Vaccination in Bombay 1869-1873 - 1869-1873
Year: 1869
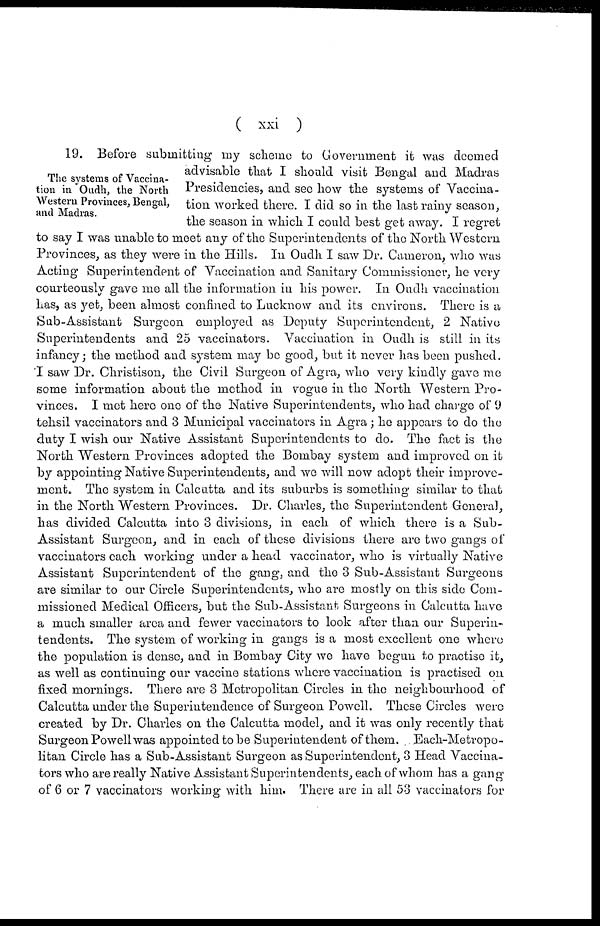
( xxi )
The systems of Vaccina-
tion in Oudh, the North
Western Provinces, Bengal,
and Madras.
19. Before submitting my scheme to Government it was deemed
advisable that I should visit Bengal and Madras
Presidencies, and see how the systems of Vaccina-
tion worked there. I did so in the last rainy season,
the season in which I could best get away. I regret
to say I was unable to meet any of the Superintendents of the North Western
Provinces, as they were in the Hills. In Oudh I saw Dr. Cameron, who was
Acting Superintendent of Vaccination and Sanitary Commissioner, he very
courteously gave me all the information in his power. In Oudh vaccination
has, as yet, been almost confined to Lucknow and its environs. There is a
Sub-Assistant Surgeon employed as Deputy Superintendent, 2 Native
Superintendents and 25 vaccinators. Vaccination in Oudh is still in its
infancy; the method and system may be good, but it never has been pushed.
I saw Dr. Christison, the Civil Surgeon of Agra, who very kindly gave me
some information about the method in vogue in the North Western Pro-
vinces. I met here one of the Native Superintendents, who had charge of 9
tehsil vaccinators and 3 Municipal vaccinators in Agra; he appears to do the
duty I wish our Native Assistant Superintendents to do. The fact is the
North Western Provinces adopted the Bombay system and improved on it
by appointing Native Superintendents, and we will now adopt their improve-
ment. The system in Calcutta and its suburbs is something similar to that
in the North Western Provinces. Dr. Charles, the Superintendent General,
has divided Calcutta into 3 divisions, in each of which there is a Sub-
Assistant Surgeon, and in each of these divisions there are two gangs of
vaccinators each working under a head vaccinator, who is virtually Native
Assistant Superintendent of the gang, and the 3 Sub-Assistant Surgeons
are similar to our Circle Superintendents, who are mostly on this side Com-
missioned Medical Officers, but the Sub-Assistant Surgeons in Calcutta have
a much smaller area and fewer vaccinators to look after than our Superin-
tendents. The system of working in gangs is a most excellent one where
the population is dense, and in Bombay City we have begun to practise it,
as well as continuing our vaccine stations where vaccination is practised on
fixed mornings. There are 3 Metropolitan Circles in the neighbourhood of
Calcutta under the Superintendence of Surgeon Powell. These Circles were
created by Dr. Charles on the Calcutta model, and it was only recently that
Surgeon Powell was appointed to be Superintendent of them. Each-Metropo-
litan Circle has a Sub-Assistant Surgeon as Superintendent, 3 Head Vaccina-
tors who are really Native Assistant Superintendents, each of whom has a gang
of 6 or 7 vaccinators working with him. There are in all 53 vaccinators for